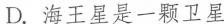
D.海王星是一颗卫星